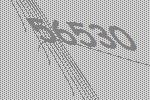
56530